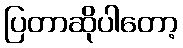
ပြတာဆိုပါတော့